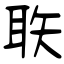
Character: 聅